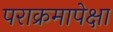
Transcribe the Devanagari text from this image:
पराक्रमापेक्षा